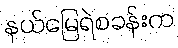
နယ်မြေရဲစခန်းက